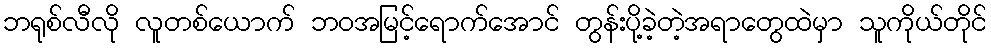
ဘရုစ်လီလို လူတစ်ယောက် ဘဝအမြင့်ရောက်အောင် တွန်းပို့ခဲ့တဲ့အရာတွေထဲမှာ သူကိုယ်တိုင်